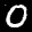
Label: 0